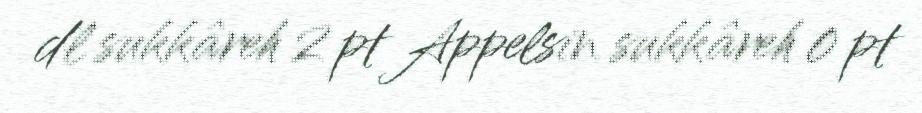
dl sukkâreh 2 pt Appelsin sukkâreh 0 pt